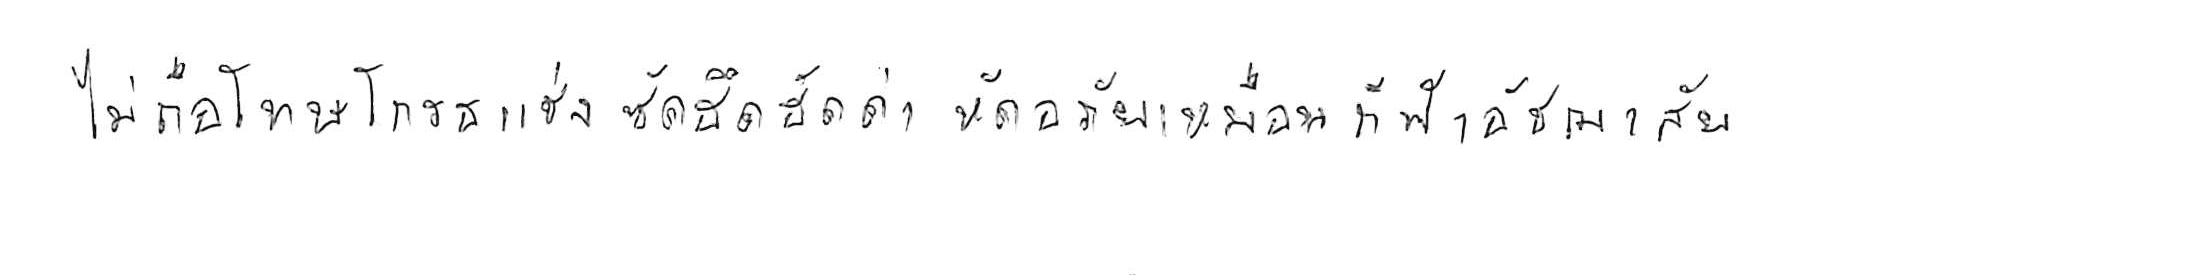
ไม่ถือโทษโกรธแช่งซัดฮึดฮัดด่า หัดอภัยเหมือนกีฬาอัชฌาสัย